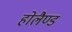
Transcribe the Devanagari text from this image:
होलैण्ड